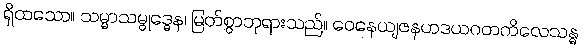
ရှိထသော။ သမ္မာသမ္ဗုဒ္ဓေန၊ မြတ်စွာဘုရားသည်။ ဝေနေယျဇနဟဒယဂတကိလေသန္ဓ